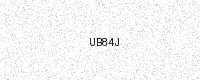
Text: UB84J